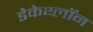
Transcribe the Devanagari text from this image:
डेकेथ्लॉन